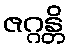
ဇဂ္ဂန္တိ